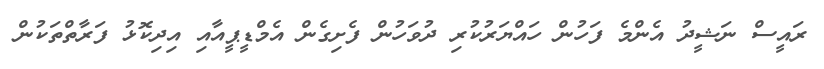
ރައީސް ނަޝީދު އެންމެ ފަހުން ހައްޔަރުކުރި ދުވަހުން ފެށިގެން އެމްޑީޕީއާއި އިދިކޮޅު ފަރާތްތަކުން